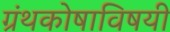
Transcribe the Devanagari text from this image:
ग्रंथकोषाविषयी